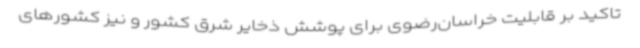
تاکید بر قابلیت خراسان‌رضوی برای پوشش ذخایر شرق کشور و نیز کشورهای